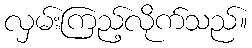
လှမ်းကြည့်လိုက်သည်။